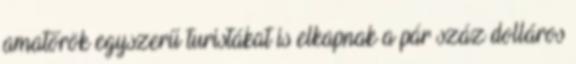
amatőrök egyszerű turistákat is elkapnak a pár száz dolláros